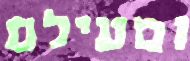
ומעילם